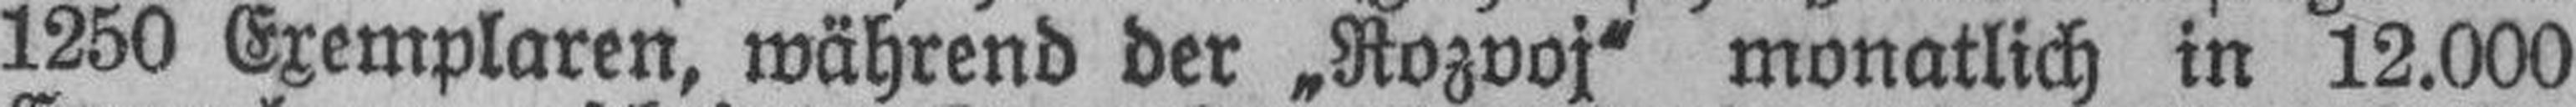
1250 Exemplaren, während der „Rozvoj“ monatlich in 12.000